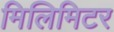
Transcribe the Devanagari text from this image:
मिलिमिटर